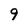
Character: 9